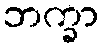
ဘက္ခာ